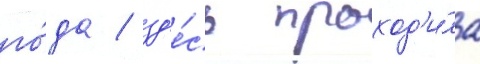
го́да / зд'е́сь проход'и́ла